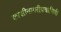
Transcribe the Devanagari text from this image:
काशीनागरीप्रचारिणी